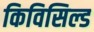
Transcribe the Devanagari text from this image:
किविसिल्ड